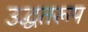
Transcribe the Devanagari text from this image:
उद्धतरूप